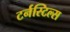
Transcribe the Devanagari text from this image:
टर्नस्टिल्स